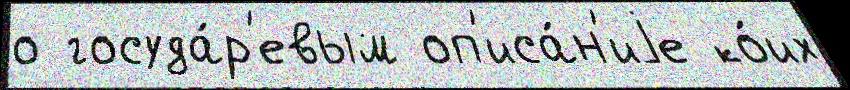
о госуда́р'евым оп'иса́н'иjе ко́их